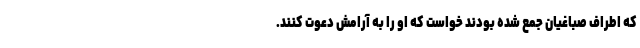
که اطراف صباغیان جمع شده بودند خواست که او را به آرامش دعوت کنند.